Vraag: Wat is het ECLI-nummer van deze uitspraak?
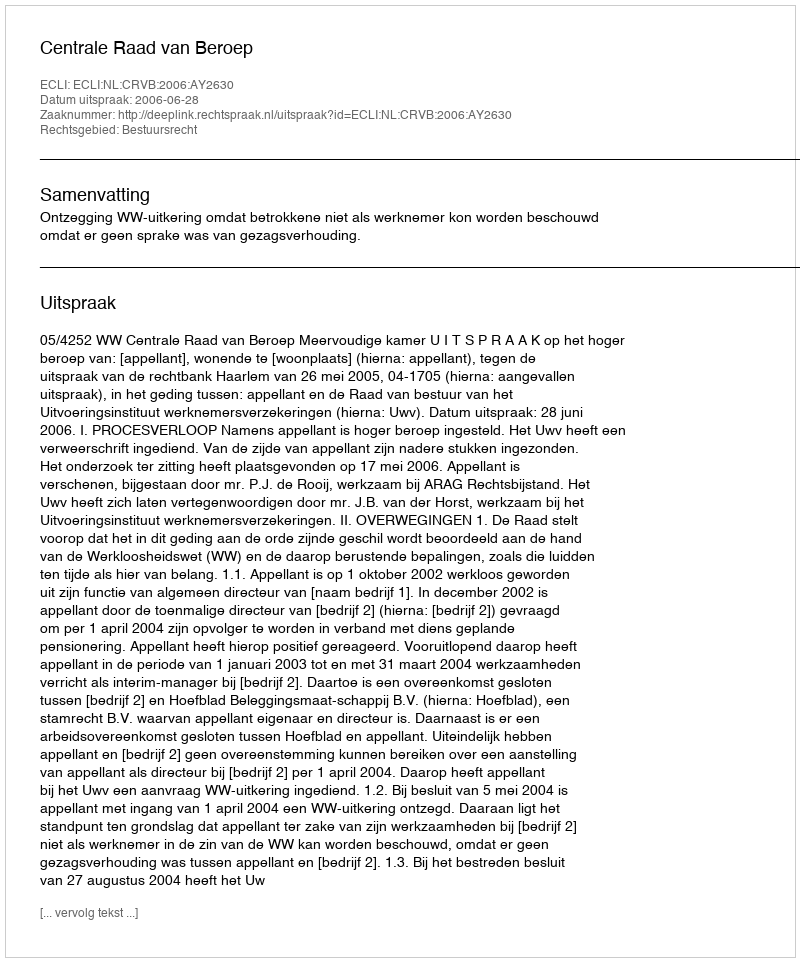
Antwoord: ECLI:NL:CRVB:2006:AY2630